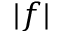
\vert f \vert